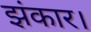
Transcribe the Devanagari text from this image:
झंकार।